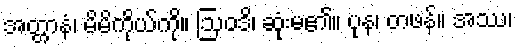
အတ္တာနံ၊ မိမိကိုယ်ကို။ ဩဝဒိ၊ ဆုံးမ၏။ ပုန၊ တဖန်။ အဿ၊